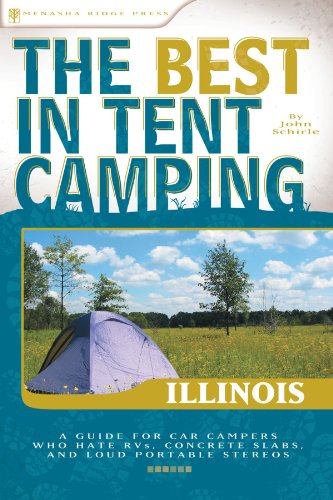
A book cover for The Best in Tent Camping: Illinois: A Guide for Car Campers Who Hate RVs, Concrete Slabs, and Loud Portable Stereos (Best Tent Camping); John Schirle; Travel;